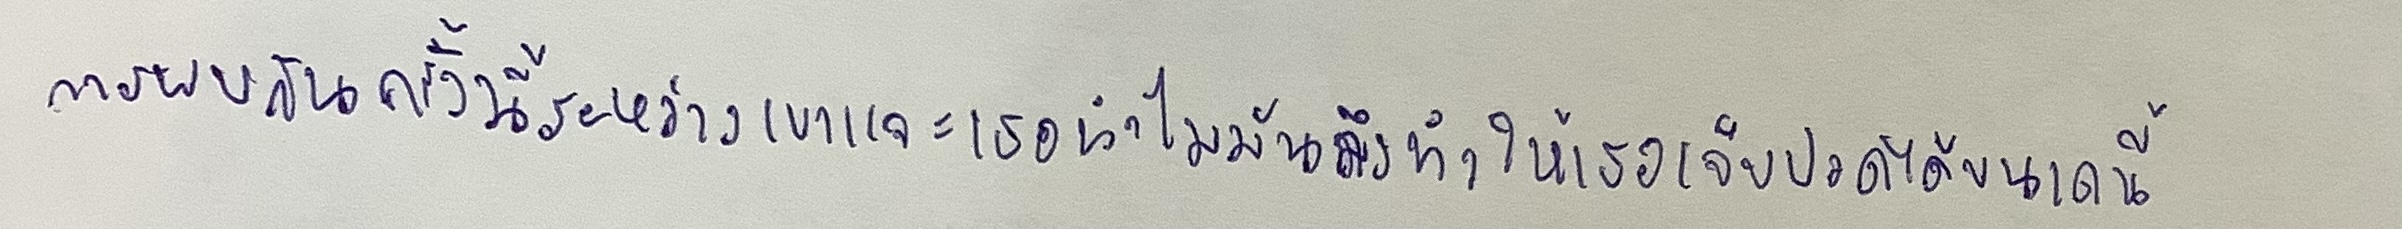
การพบกันครั้งนี้ระหว่างเขาและเธอทำไมมันถึงทำให้เธอเจ็บปวดได้ขนาดนี้